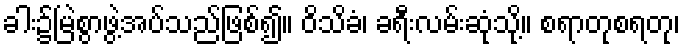
ခါး၌မြဲစွာဖွဲ့အပ်သည်ဖြစ်၍။ ဝိသိခံ၊ ခရီးလမ်းဆုံသို့။ စရာတုစရတု၊